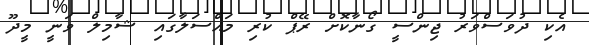
އެކި ދުވަސްވަރު ޖިންސީ ގޯނާކޮށް ރޭޕް ކުރި މައްސަލާގައި ޝާމިލް ވަނީ މީދޫ